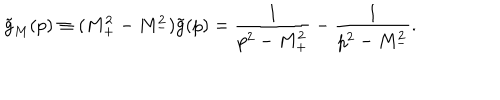
\tilde { g } _ { M } ( p ) \equiv ( M _ { + } ^ { 2 } - M _ { - } ^ { 2 } ) \tilde { g } ( p ) = \frac { 1 } { p ^ { 2 } - M _ { + } ^ { 2 } } - \frac { 1 } { p ^ { 2 } - M _ { - } ^ { 2 } } .